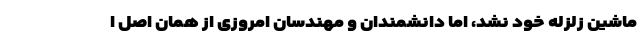
ماشین زلزله خود نشد، اما دانشمندان و مهندسان امروزی از همان اصل ا